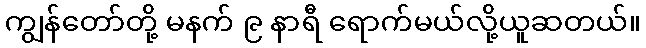
ကျွန်တော်တို့ မနက် ၉ နာရီ ရောက်မယ်လို့ယူဆတယ်။